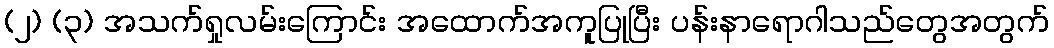
(၂) (၃) အသက်ရှုလမ်းကြောင်း အထောက်အကူပြုပြီး ပန်းနာရောဂါသည်တွေအတွက်